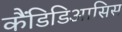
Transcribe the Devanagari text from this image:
कैंडिडिआसिस